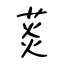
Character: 菼